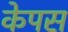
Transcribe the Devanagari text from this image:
केपस